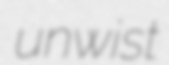
unwist